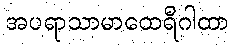
အပရာသာမာထေရီဂါထာ